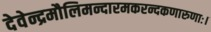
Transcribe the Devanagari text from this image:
देवेन्द्रमौलिमन्दारमकरन्दकणारुणाः।